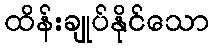
ထိန်းချုပ်နိုင်သော